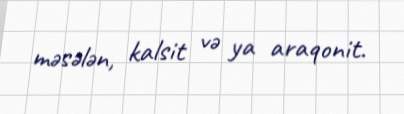
məsələn, kalsit və ya araqonit.